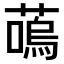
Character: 𫉩